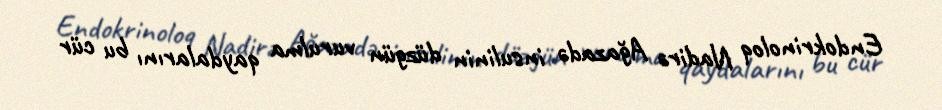
Endokrinoloq Nadirə Ağazadə insulinin düzgün vurulma qaydalarını bu cür